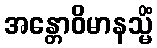
အန္တောဝိမာနသ္မိံ